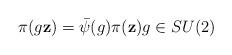
LaTeX: \begin{align*}\pi(g\mathbf{z)}=\bar{\psi}(g)\pi(\mathbf{z})g\in SU(2)\end{align*}